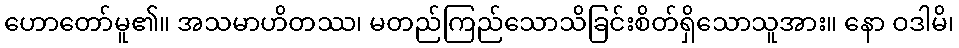
ဟောတော်မူ၏။ အသမာဟိတဿ၊ မတည်ကြည်သောသိခြင်းစိတ်ရှိသောသူအား။ နော ဝဒါမိ၊